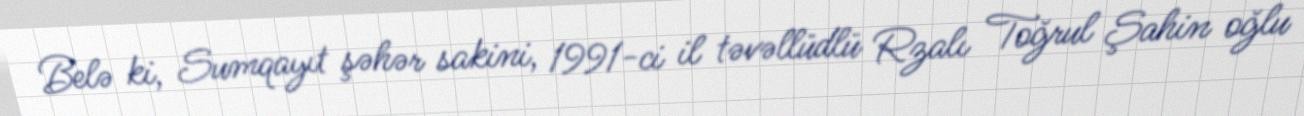
Belə ki, Sumqayıt şəhər sakini, 1991-ci il təvəllüdlü Rzalı Toğrul Şahin oğlu